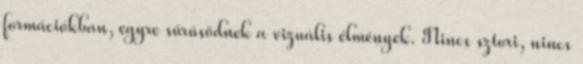
formációkban, egyre sűrűsödnek a vizuális élmények. Nincs sztori, nincs